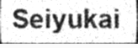
Seiyukai